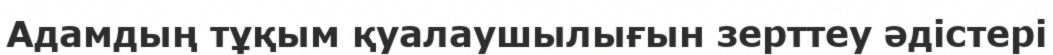
Адамдың тұқым қуалаушылығын зерттеу әдістері